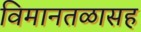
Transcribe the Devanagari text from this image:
विमानतळासह